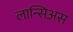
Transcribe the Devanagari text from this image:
लान्सिअस